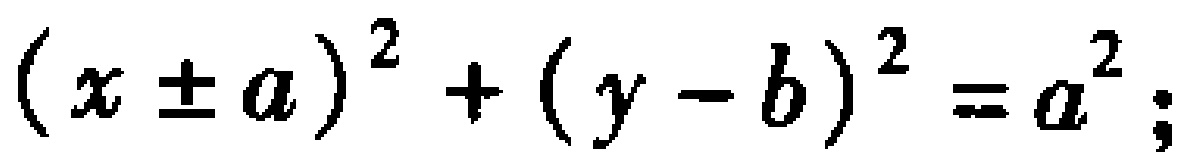
\((x\pm a)^{2}+(y - b)^{2}=a^{2};\)